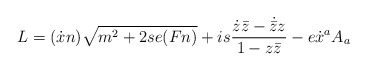
\begin{align*}L=(\dot{x}n)\sqrt{m^{2}+2se(Fn)}+is\frac{\dot{z}\bar{z}-\dot{\bar{z}}z}{1-z\bar{z}}-e\dot{x}^{a}A_{a}\end{align*}